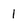
Character: 1